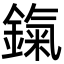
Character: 鎎